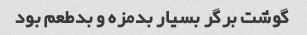
گوشت برگر بسیار بدمزه و بدطعم بود